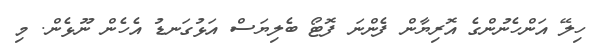
ހިލޭ އަންހެނުންގެ އޮރިޔާން ފެންނަ ފޮޓޯ ބެލިޔަސް އަޅުގަނޑު އެހެން ނޫޅެން. މި